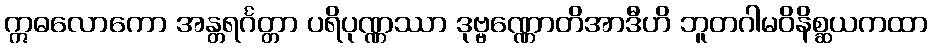
ဣဓလောကော အန္တရင်္ဂတ္တာ ပရိပုဏ္ဏဿာ ဒုဗ္ဗဏ္ဏောတိအာဒီဟိ ဘူတဂါမဝိနိစ္ဆယကထာ